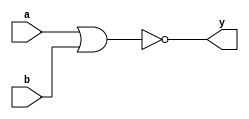
module nor_gate_primitive (
       input a,
       input b,
       output y
   );
       nor (y, a, b);
endmodule